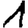
Digit: 1